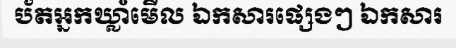
ប័តអ្នកឃ្លាំមើល ឯកសារផ្សេងៗ ឯកសារ